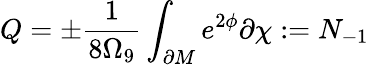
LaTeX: Q=\pm\frac{1}{8\Omega_{9}}\int_{\partial M}e^{2\phi}\partial\chi:=N_{-1}